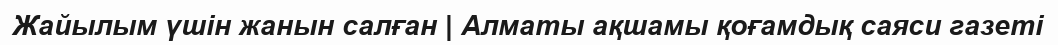
Жайылым үшiн жанын салған | Алматы ақшамы қоғамдық саяси газеті